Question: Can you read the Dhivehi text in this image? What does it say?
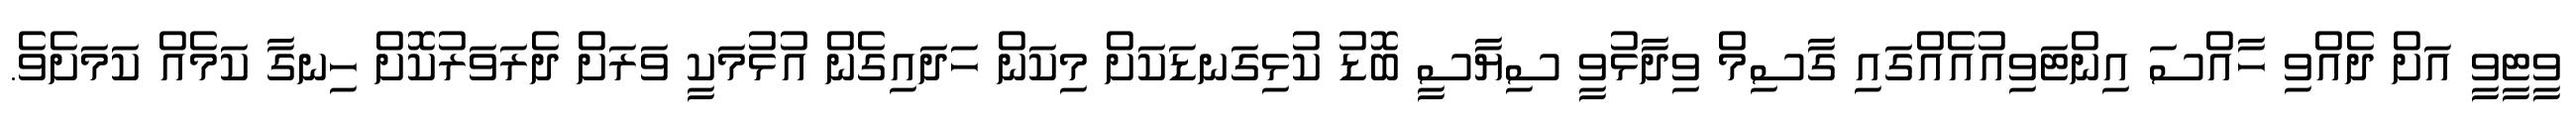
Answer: ވީޓީވީ އަށް ދެއްވި ހާއްސަ އިންޓަވިއުއެއްގައި ގާސިމް ވިދާޅުވީ ސިޔާސީ ބޮޑު ކުޅިގަނޑަކަށް މިކަން ހަދައިގެން އުޅުމަކީ ވަރަށް ދެރަވަރުކޮށް ހިނގާ ކަމެއް ކަމަށެވެ.